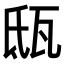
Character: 𤬵